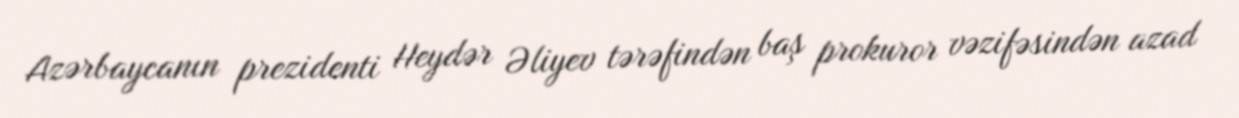
Azərbaycanın prezidenti Heydər Əliyev tərəfindən baş prokuror vəzifəsindən azad